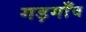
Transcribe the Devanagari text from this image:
गड़गाँव